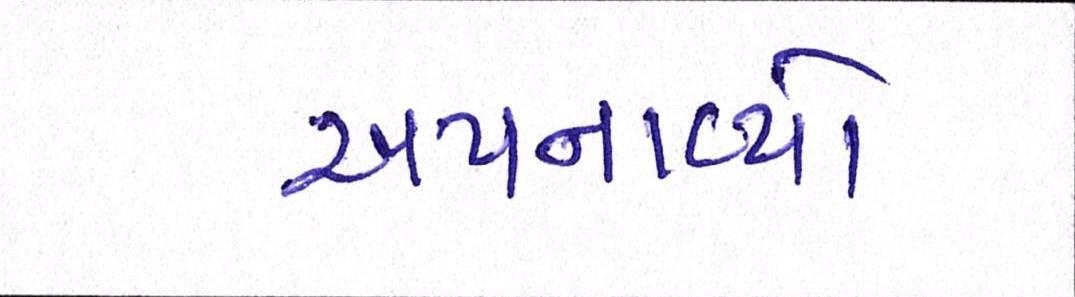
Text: અપનાવ્યો